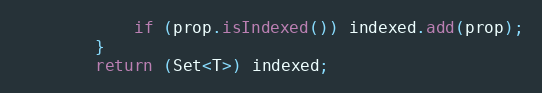
Language: Java
            if (prop.isIndexed()) indexed.add(prop);
        }
        return (Set<T>) indexed;